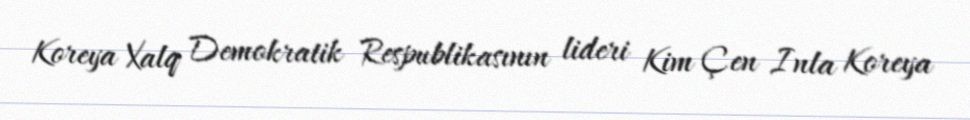
Koreya Xalq Demokratik Respublikasının lideri Kim Çen Inla Koreya